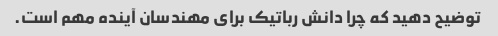
توضیح دهید که چرا دانش رباتیک برای مهندسان آینده مهم است.